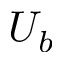
U _ { b }